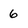
Character: 6